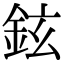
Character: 鉉